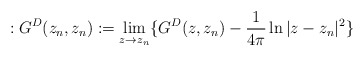
\begin{align*}:G^D(z_n, z_n):=\lim_{z\to z_n}\{G^D(z,z_n)-\frac{1}{4\pi}\ln|z-z_n|^2\}\end{align*}